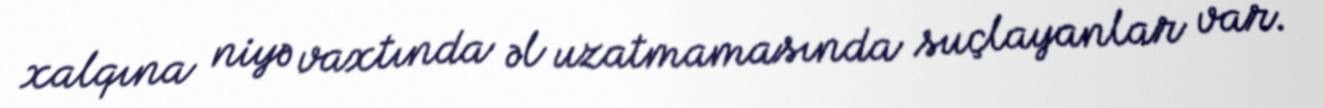
xalqına niyə vaxtında əl uzatmamasında suçlayanlar var.